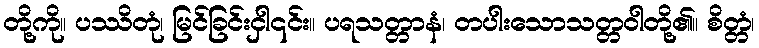
တို့ကို။ ပဿိတုံ၊ မြင်ခြင်းငှါ၎င်း။ ပရသတ္တာနံ၊ တပါးသောသတ္တဝါတို့၏။ စိတ္တံ၊